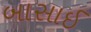
બાસાઈ